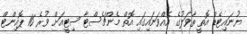
ޔުނައިޓެޑް އޮތީ ތާވަލުގެ އެއްވަނައިގައި އޮތް މެންޗެސްޓާ ސިޓީއަށް ވުރެ 16 ޕޮއިންޓް